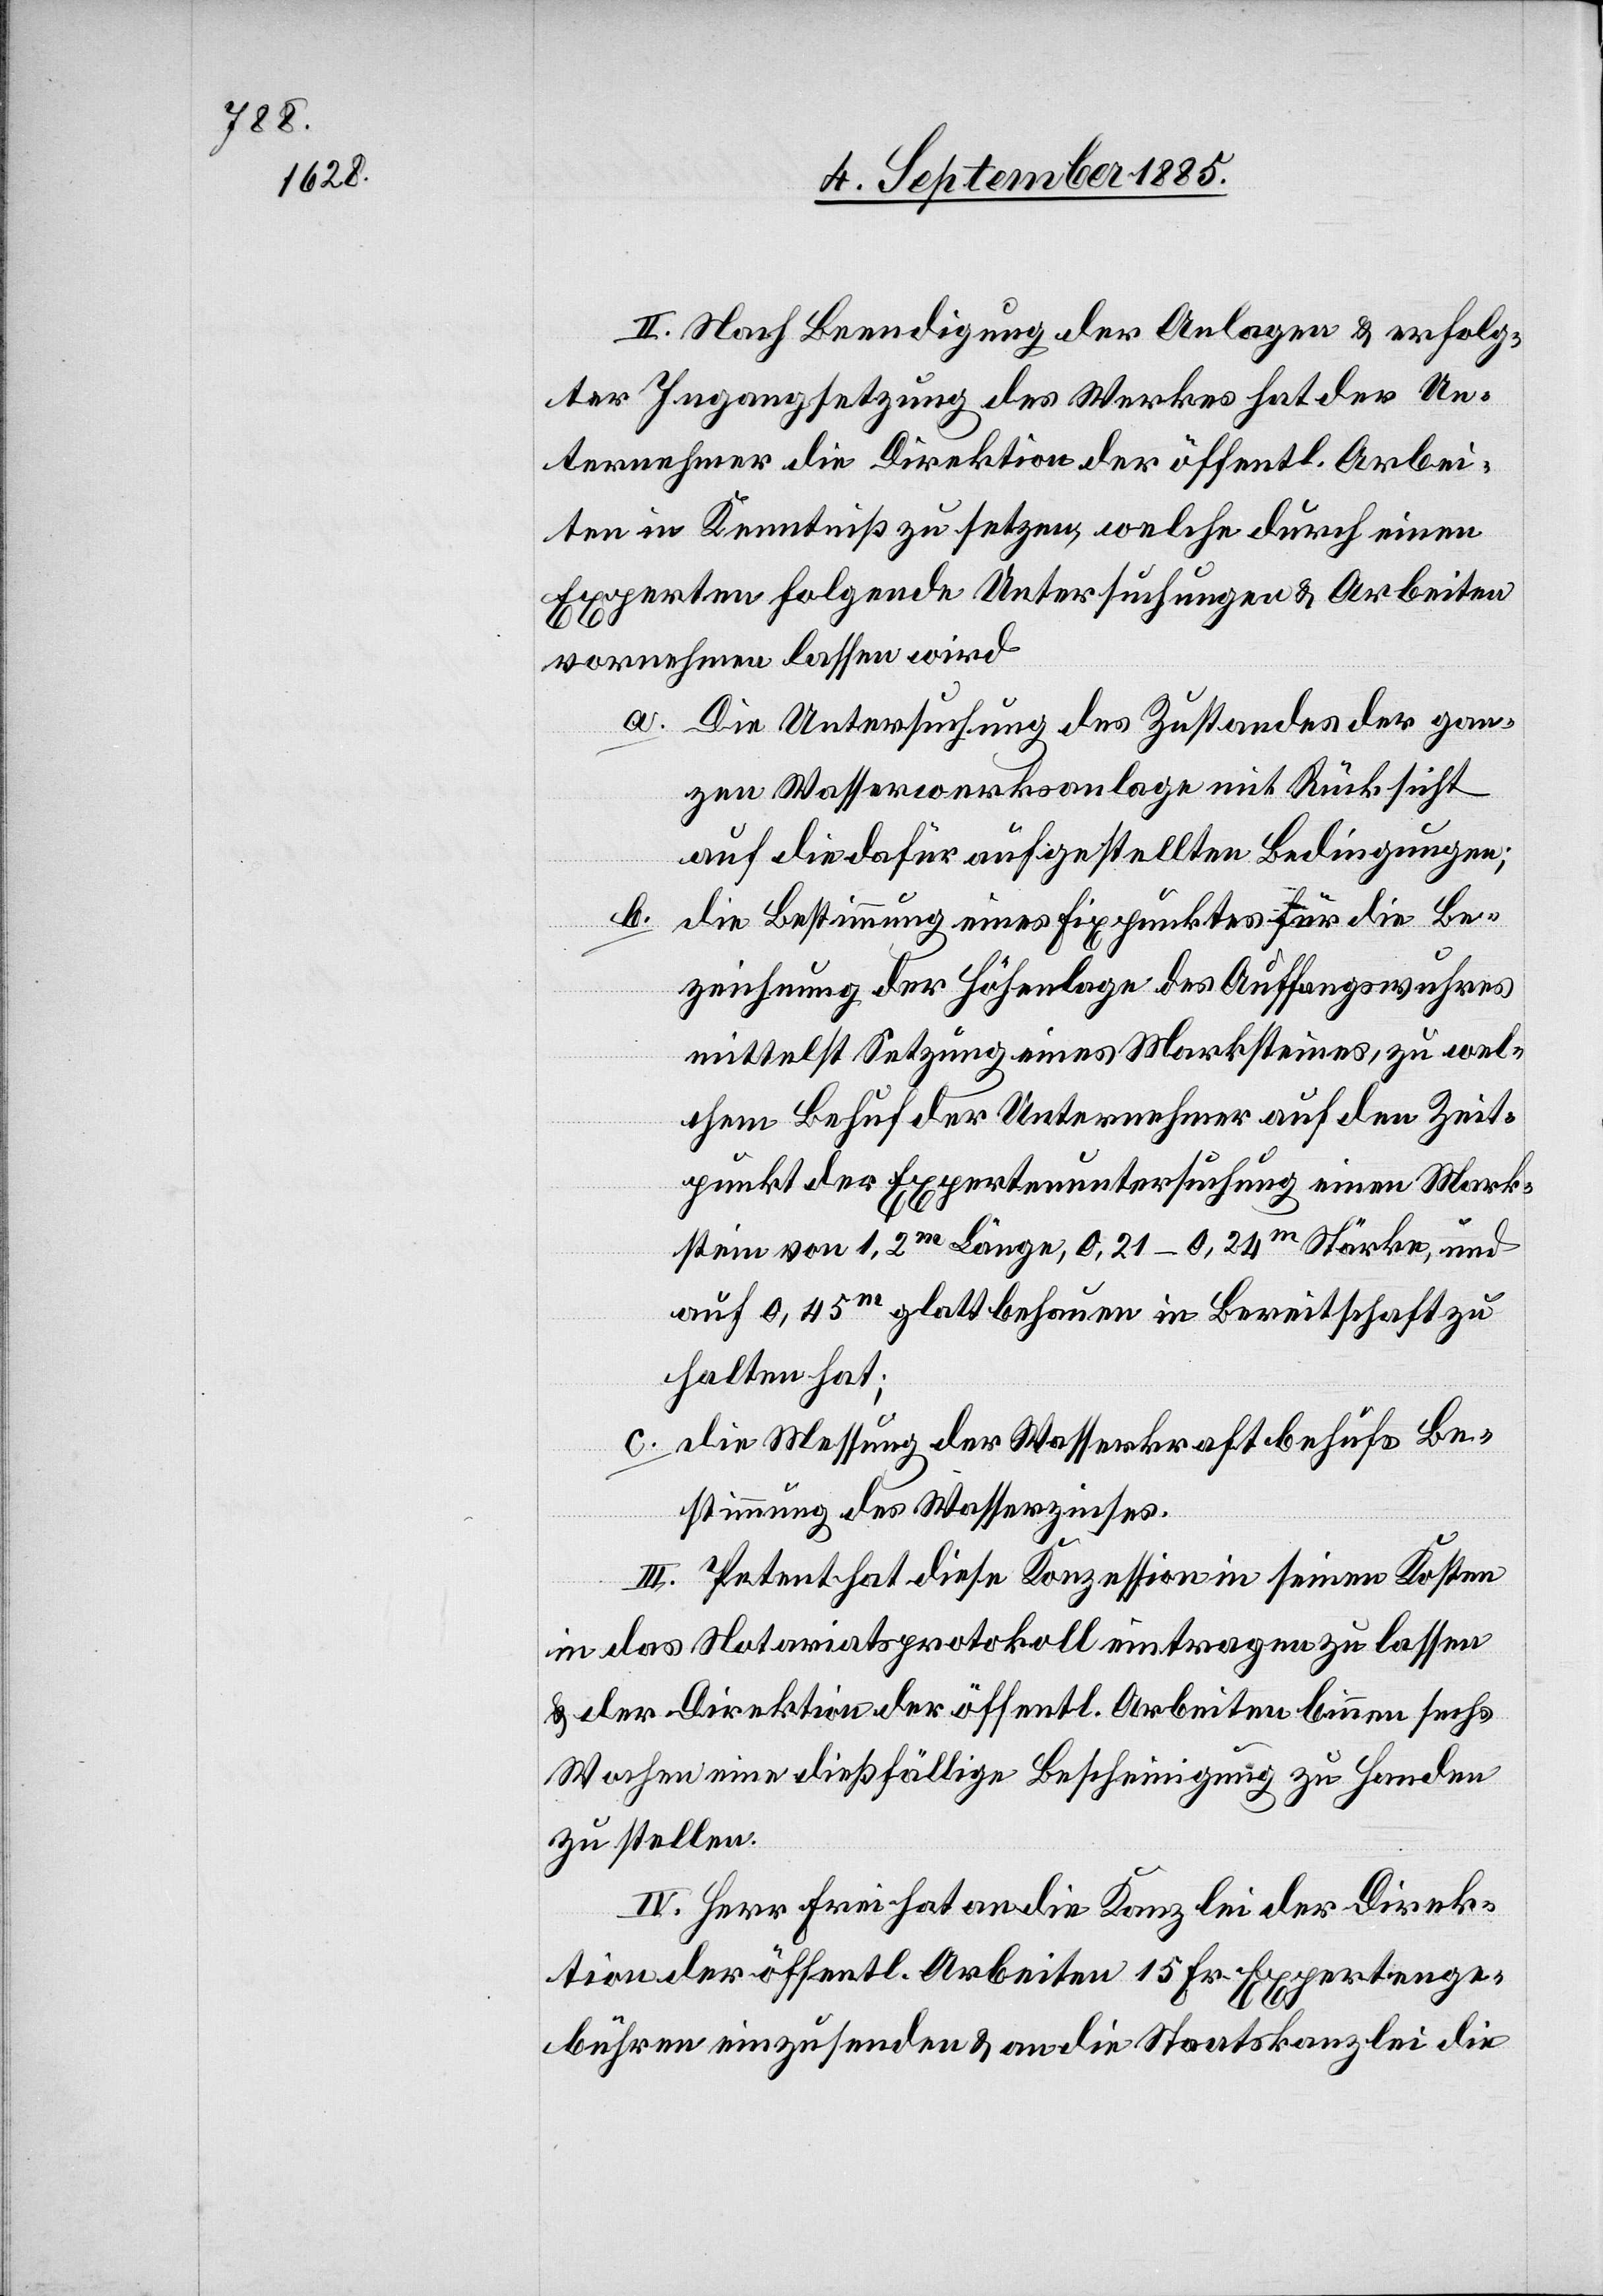
II. Nach Beendigung der Anlagen & erfolg¬
ter Ingangsetzung des Werkes hat der Un¬
ternehmer die Direktion der öffentl. Arbei¬
ten in Kenntniß zu setzen, welche durch einen
Experten folgende Untersuchungen & Arbeiten
vornehmen lassen wird
a. Die Untersuchung des Zustandes der gan¬
zen Wasserwerksanlage mit Rücksicht
auf die dafür aufgestellten Bedingungen;
b.
die Bestimmung eines Fixpunktes für die Be¬
zeichnung der Höhenlage des Auffangswuhres
mittelst Setzung eines Marksteines, zu wel¬
chem Behuf der Unternehmer auf den Zeit¬
punkt der Expertenuntersuchung einen Mark¬
stein von 1,2m Länge, 0,21–0,24m Stärke, und
auf 0,45m glatt behauen in Bereitschaft zu
halten hat;
c. die Messung der Wasserkraft behufs Be¬
stimmung des Wasserzinses.
III. Petent hat diese Konzession in seinen Kosten
in das Notariatsprotokoll eintragen zu lassen
& der Direktion der öffentl. Arbeiten binnen sechs
Wochen eine dießfällige Bescheinigung zu Handen
zu stellen.
IV. Herr Frei hat an die Kanzlei der Direk¬
tion der öffentl. Arbeiten 15 Fr. Expertenge¬
bühren einzusenden & an die Staatskanzlei die